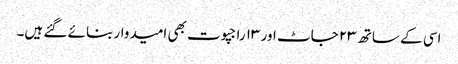
اسی کے ساتھ ۲۳ جاٹ اور ۱۳ راجپوت بھی امیدوار بنائے گئے ہیں۔